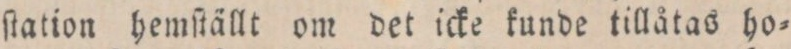
ſtation hemſtällt om det icke kunde tillåtas ho=